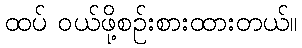
ထပ် ဝယ်ဖို့စဉ်းစားထားတယ်။